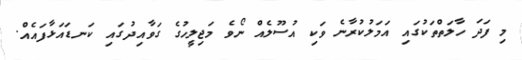
މި ފަދަ ހާލަތްތަކުގައި އަމަލުކުރާނެ ވަކި އުސޫލެއް ނޯވެ މަޖިލީހުގެ ގަވާއިދުގައި ކަނޑައަޅާފައެއް.